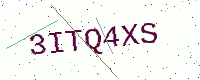
Text: 3ITQ4XS